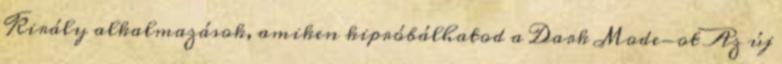
Király alkalmazások, amiken kipróbálhatod a Dark Mode-ot Az új